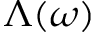
\Lambda ( \omega )